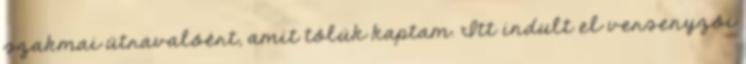
szakmai útravalóért, amit tôlük kaptam. Itt indult el versenyzôi